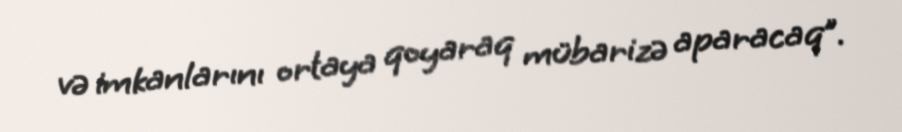
və imkanlarını ortaya qoyaraq mübarizə aparacaq”.